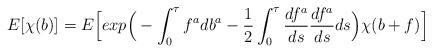
LaTeX: \begin{align*}E[\chi(b)]=E\Big[exp\Big(-\int_{0}^{\tau}f^{a}db^{a}- \frac{1}{2} \int_{0}^{\tau}\frac{df^{a}}{ds}\frac{df^{a}}{ds} ds\Big)\chi(b+f)\Big]\end{align*}